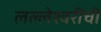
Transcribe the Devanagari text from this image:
लल्लेश्वरींची